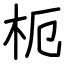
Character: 枙